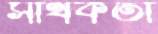
সার্থকতা